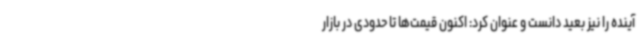
آینده را نیز بعید دانست و عنوان کرد: اکنون قیمت‌ها تا حدودی در بازار